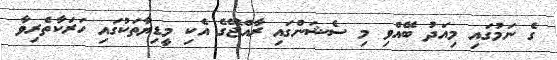
ގެ ނަމުގައި މިއަދު ބޭއްވި މި ސެޝަންގައި ރާއްޖޭގެ އެކި މީޑިޔާތަކުގައި ހަރަކާތެރިވާ